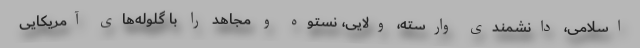
اسلامی، دانشمندی وارسته، ولایی، نستوه و مجاهد را با گلوله‌های آمریکایی